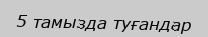
5 тамызда туғандар